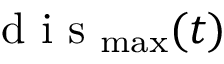
\mathrm { ~ d ~ i ~ s ~ } _ { \operatorname* { m a x } } ( t )